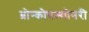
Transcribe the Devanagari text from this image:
ब्रोन्कोपल्मोनरी